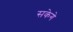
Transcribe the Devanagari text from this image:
सकेगे